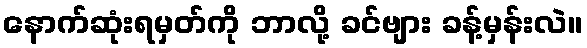
နောက်ဆုံးရမှတ်ကို ဘာလို့ ခင်ဗျား ခန့်မှန်းလဲ။